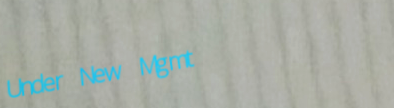
Under New Mgmt